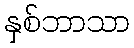
နှစ်ဘာသာ